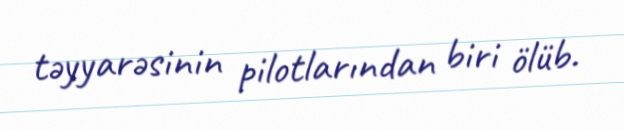
təyyarəsinin pilotlarından biri ölüb.